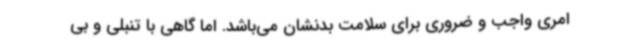
امری واجب و ضروری برای سلامت بدنشان می‌باشد. اما گاهی با تنبلی و بی